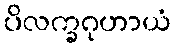
ပိလက္ခဂုဟာယံ